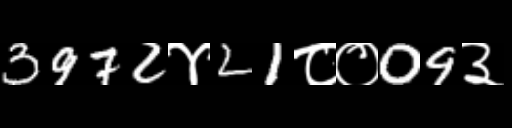
Text: 3972४21८०09३